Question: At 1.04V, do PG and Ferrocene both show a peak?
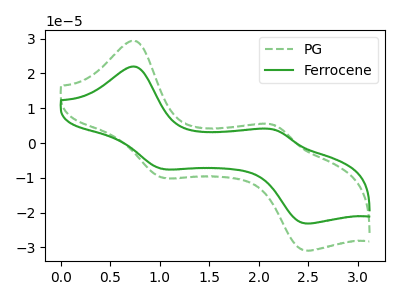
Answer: <think>The green dashed curve "PG" has anodic peaks at (0.75V, 29.35uA) (2.15V, 5.10uA) and cathodic peaks at (1.05V, -10.05uA) (2.50V, -30.85uA). The green curve "Ferrocene" has anodic peaks at (0.75V, 21.95uA) (2.15V, 3.85uA) and cathodic peaks at (1.05V, -7.50uA) (2.50V, -23.10uA).</think>
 <answer>Yes, "PG" and "Ferrocene" share a peak at 1.04V.</answer>
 <eval>match</eval>